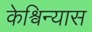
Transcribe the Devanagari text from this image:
केश्विन्यास